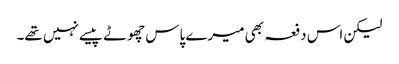
لیکن اس دفعہ بھی میرے پاس چھوٹے پیسے نہیں تھے۔